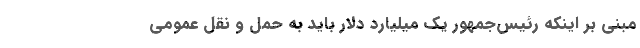
مبنی بر اینکه رئیس‌جمهور یک میلیارد دلار باید به حمل و نقل عمومی